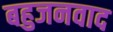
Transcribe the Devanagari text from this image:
बहुजनवाद